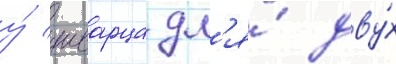
у́ шварца дл'я́ дву́х